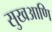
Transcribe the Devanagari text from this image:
सुखआणि